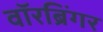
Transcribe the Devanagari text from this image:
वॉरब्रिंगर